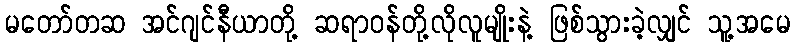
မတော်တဆ အင်ဂျင်နီယာတို့ ဆရာဝန်တို့လိုလူမျိုးနဲ့ ဖြစ်သွားခဲ့လျှင် သူ့အမေ